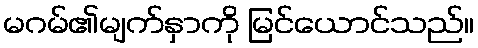
မဂမ်၏မျက်နှာကို မြင်ယောင်သည်။